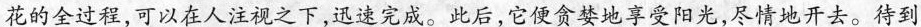
花的全过程，可以在人注视之下，迅速完成。此后，它便贪婪地享受阳光，尽情地开去。待到